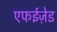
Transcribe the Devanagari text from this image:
एफईज़ेड